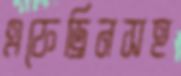
এফেড্রিনসহ